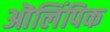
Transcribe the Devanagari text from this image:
ऒलिंपिक